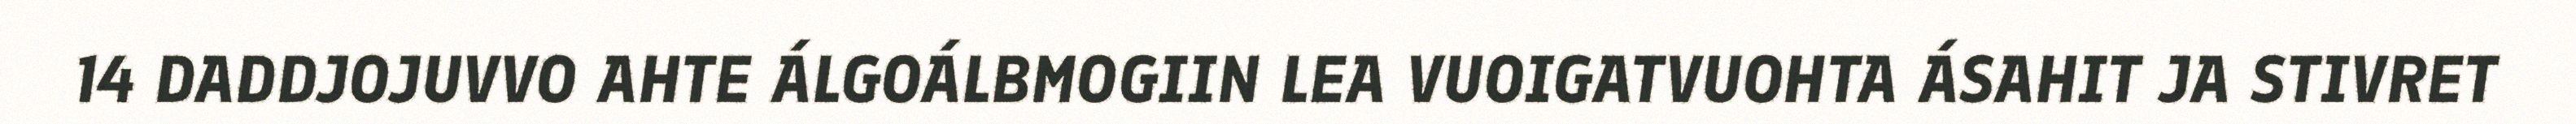
14 DADDJOJUVVO AHTE ÁLGOÁLBMOGIIN LEA VUOIGATVUOHTA ÁSAHIT JA STIVRET